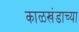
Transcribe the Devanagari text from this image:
काळखंडाच्या